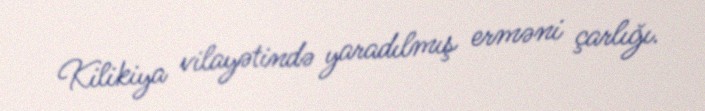
Kilikiya vilayətində yaradılmış erməni çarlığı.